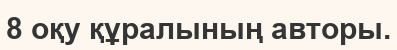
8 оқу құралының авторы.